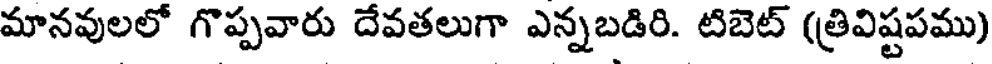
మానవులలో గొప్పవారు దేవతలుగా ఎన్నబడిరి. టిబెట్ (త్రివిష్టపము)